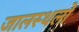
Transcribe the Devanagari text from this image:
जालस्थलो